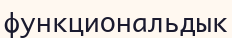
функциональдык